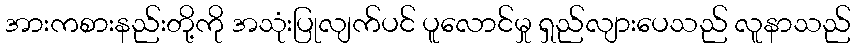
အားကစားနည်းတို့ကို အသုံးပြုလျက်ပင် ပူလောင်မှု ရှည်လျားပေသည် လူနာသည်